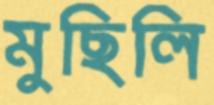
মুছিলি